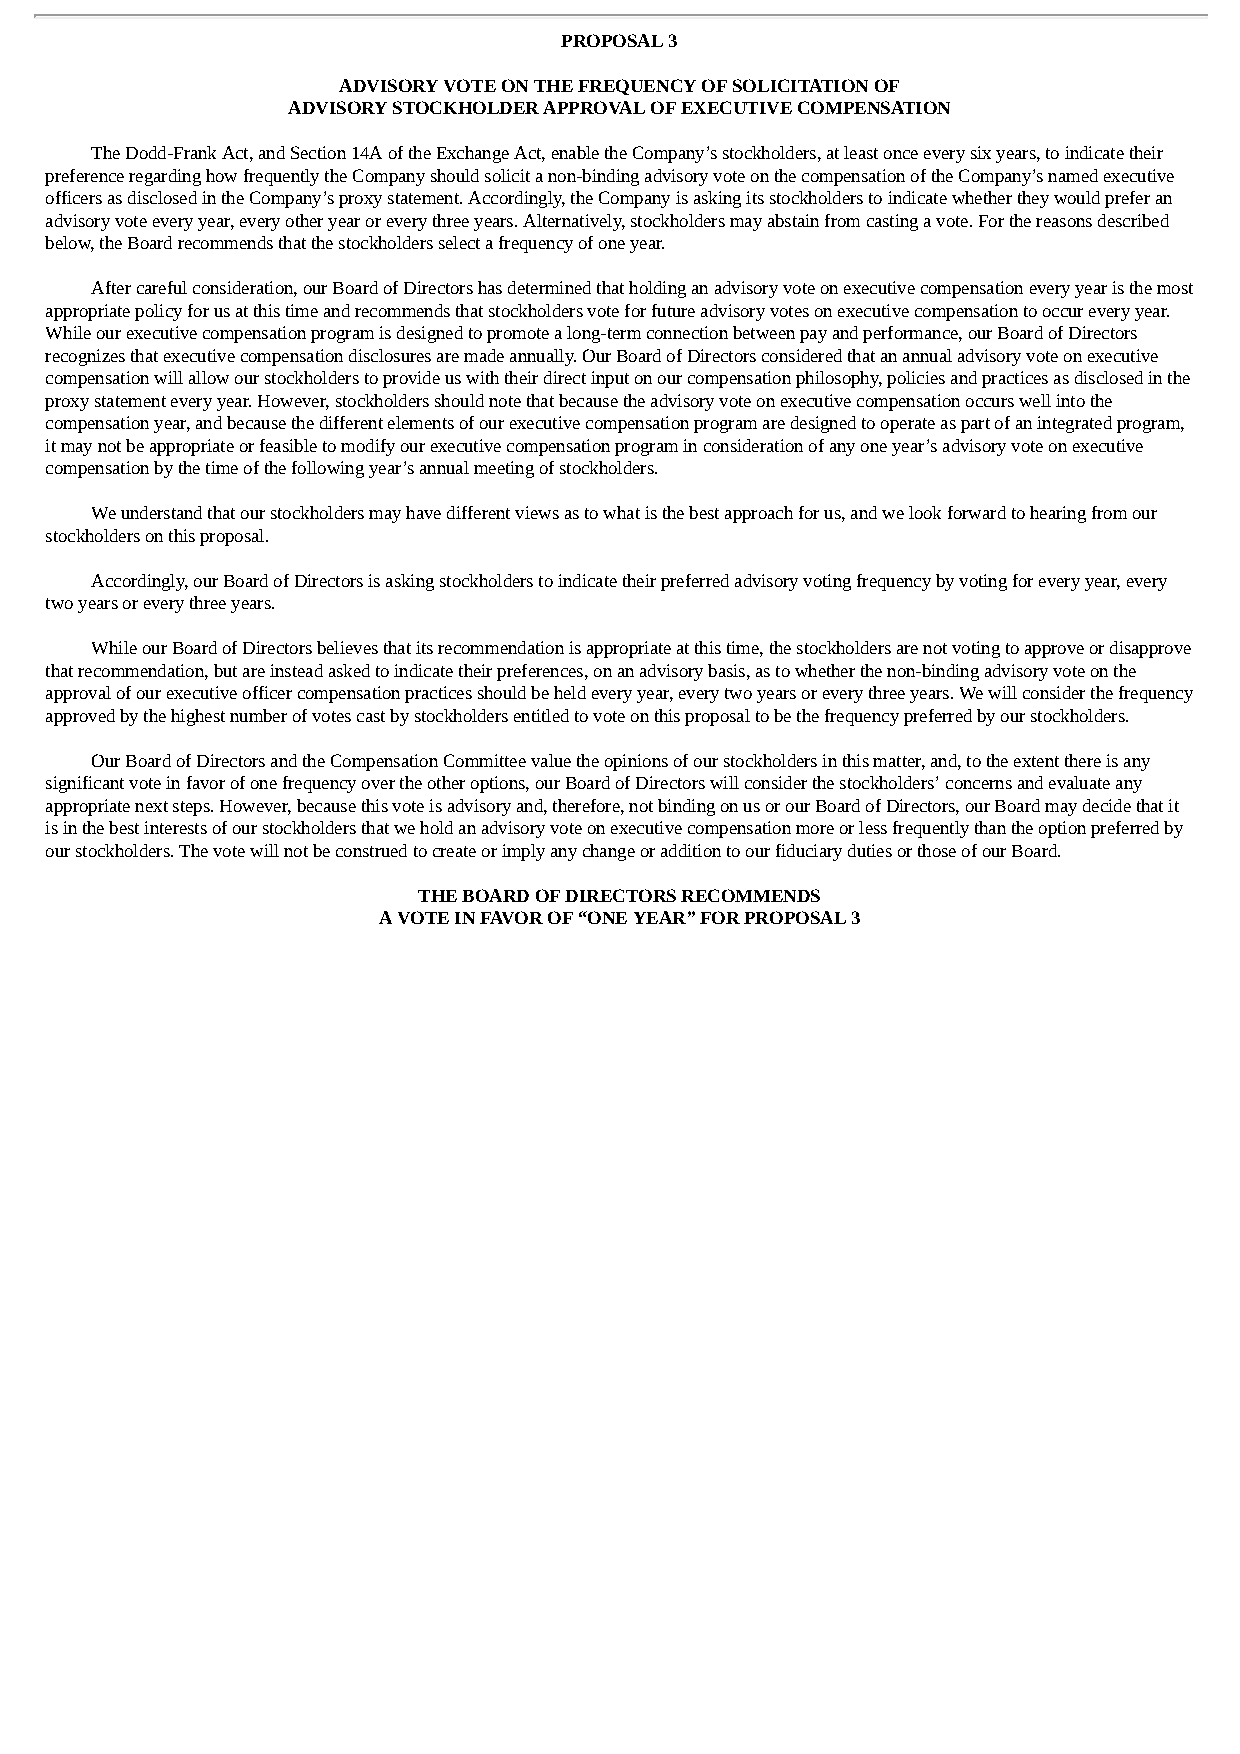
PROPOSAL 3
 ADVISORY VOTE ON THE FREQUENCY OF SOLICITATION OF
 ADVISORY STOCKHOLDER APPROVAL OF EXECUTIVE COMPENSATION
 The Dodd-Frank Act, and Section 14A of the Exchange Act, enable the Company’s stockholders, at least once every six years, to indicate their
 preference regarding how frequently the Company should solicit a non-binding advisory vote on the compensation of the Company’s named executive
 officers as disclosed in the Company’s proxy statement. Accordingly, the Company is asking its stockholders to indicate whether they would prefer an
 advisory vote every year, every other year or every three years. Alternatively, stockholders may abstain from casting a vote. For the reasons described
 below, the Board recommends that the stockholders select a frequency of one year.
 After careful consideration, our Board of Directors has determined that holding an advisory vote on executive compensation every year is the most
 appropriate policy for us at this time and recommends that stockholders vote for future advisory votes on executive compensation to occur every year.
 While our executive compensation program is designed to promote a long-term connection between pay and performance, our Board of Directors
 recognizes that executive compensation disclosures are made annually. Our Board of Directors considered that an annual advisory vote on executive
 compensation will allow our stockholders to provide us with their direct input on our compensation philosophy, policies and practices as disclosed in the
 proxy statement every year. However, stockholders should note that because the advisory vote on executive compensation occurs well into the
 compensation year, and because the different elements of our executive compensation program are designed to operate as part of an integrated program,
 it may not be appropriate or feasible to modify our executive compensation program in consideration of any one year’s advisory vote on executive
 compensation by the time of the following year’s annual meeting of stockholders.
 We understand that our stockholders may have different views as to what is the best approach for us, and we look forward to hearing from our
 stockholders on this proposal.
 Accordingly, our Board of Directors is asking stockholders to indicate their preferred advisory voting frequency by voting for every year, every
 two years or every three years.
 While our Board of Directors believes that its recommendation is appropriate at this time, the stockholders are not voting to approve or disapprove
 that recommendation, but are instead asked to indicate their preferences, on an advisory basis, as to whether the non-binding advisory vote on the
 approval of our executive officer compensation practices should be held every year, every two years or every three years. We will consider the frequency
 approved by the highest number of votes cast by stockholders entitled to vote on this proposal to be the frequency preferred by our stockholders.
 Our Board of Directors and the Compensation Committee value the opinions of our stockholders in this matter, and, to the extent there is any
 significant vote in favor of one frequency over the other options, our Board of Directors will consider the stockholders’ concerns and evaluate any
 appropriate next steps. However, because this vote is advisory and, therefore, not binding on us or our Board of Directors, our Board may decide that it
 is in the best interests of our stockholders that we hold an advisory vote on executive compensation more or less frequently than the option preferred by
 our stockholders. The vote will not be construed to create or imply any change or addition to our fiduciary duties or those of our Board.
 THE BOARD OF DIRECTORS RECOMMENDS
 A VOTE IN FAVOR OF “ONE YEAR” FOR PROPOSAL 3